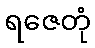
ရဇေတုံ